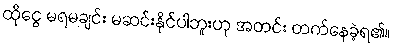
ထိုငွေ မရမချင်း မဆင်းနိုင်ပါဘူးဟု အတင်း တက်နေခဲ့ရ၏။